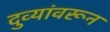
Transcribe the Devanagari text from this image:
दुव्यांवरून